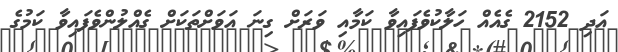
އަދި 2152 ގެއެއް ހަލާކުވެފައިވާ ކަމާއި ވަރަށް ގިނަ އަވަށްތަކަށް ގެއްލުންވެފައިވާ ކަމުގެ